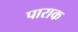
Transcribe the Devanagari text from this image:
पाराक